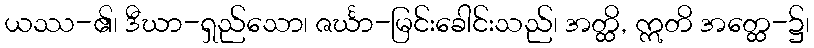
ယဿ-၏၊ ဒီဃာ-ရှည်သော၊ ဇင်္ဃာ-မြင်းခေါင်းသည်၊ အတ္ထိ, ဣတိ အတ္ထေ-၌၊